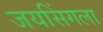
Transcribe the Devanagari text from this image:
जयसिंगला